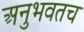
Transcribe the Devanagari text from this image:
अनुभवतच